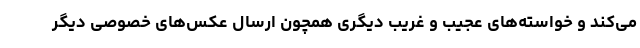
می‌کند و خواسته‌های عجیب و غریب دیگری همچون ارسال عکس‌های خصوصی دیگر